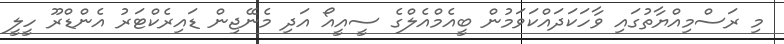
މި ރަސްމިއްޔާތުގައި ވާހަކަދައްކަވަމުން ބީއެމްއެލްގެ ސީއީއޯ އަދި މެނޭޖިން ޑައިރެކްޓަރު އެންޑްރޫ ހީލީ